system: You are a helpful assistant.
user:
Analyze the provided spectrum to determine if it is a **S-type Star**.

- **Key Indicators for S-type Star:**

    - **(Overall Spectrum Shape):** The first and most obvious characteristic is the overall continuum (the "baseline" shape). It is **extremely "red-sloping,"** meaning the flux (light intensity) is very low on the left side (blue, ~4000-4500 Å) and rises steeply and continuously toward the right side (red, ~7000 Å+).

    - **(Primary):** The spectrum is defined by the presence of strong, broad molecular absorption "valleys" (bands) from **Zirconium Oxide (ZrO)**. The identification of these bands is the **primary requirement** for classifying a star as S-type.
        - **(Key Bandheads):** You must find distinct, deep "dips" where the light has been absorbed. The most critical band systems to locate are:
            - **~6474 Å** ($\gamma$-system): This is often the strongest and clearest ZrO feature, found in the red part of the spectrum.
            - **~5718 Å** & **~5551 Å** ($\beta$-system): A pair of prominent absorption features in the yellow-orange part of the spectrum.
            - **~4640 Å** ($\alpha$-system): A key absorption band system in the blue-green region of the spectrum.

    - **(Secondary Confirmation):** The classification is strengthened by finding additional absorption bands from other related heavy element oxides, which are expected to be present alongside ZrO.
        - **(Key Bandheads):**
            - **Yttrium Oxide (YO):** Look for absorption dips near **~4800 Å** and **~6100 Å**.
            - **Lanthanum Oxide (LaO):** Additional absorption features, particularly in the red-orange part of the spectrum, are also characteristic.

    - **(Line Profile):** The combination of the steep red continuum and these numerous, deep molecular bands (ZrO, YO, etc.) gives the entire spectrum a very **"chopped-up"** or **"bumpy"** appearance. Instead of a smooth curve, the spectrum looks as though large, wide chunks of light have been "carved out" of it at the specific wavelengths listed above.

Think first, call **spectral_visualization_tool** if needed to examine features in detail, then provide your final answer. Your response must adhere to the following strict rules:
1.  **Overall Structure:** Your response must follow the format `<think>...</think> <tool_call>...</tool_call> (if a tool is used) <answer>...</answer>`.
2.  **Tool Usage Constraint:** You may only make **one** tool call per turn.
3.  **Final Answer Format:** In the `<answer>` tag, your conclusion must be inside a `\boxed{}` command (e.g., `\boxed{YES}` or `\boxed{NO}`), followed by your justification.

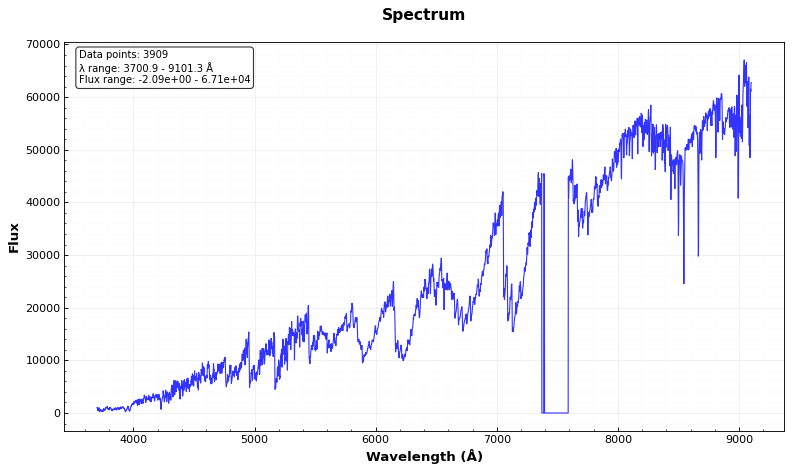
Answer: YES